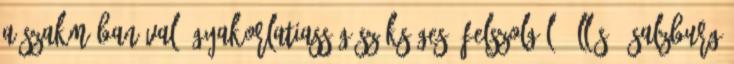
a szakmában való gyakorlatiasság szükséges. Felszolgáló állás - Salzburg